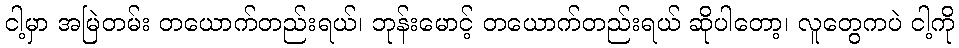
ငါ့မှာ အမြဲတမ်း တယောက်တည်းရယ်၊ ဘုန်းမောင့် တယောက်တည်းရယ် ဆိုပါတော့၊ လူတွေကပဲ ငါ့ကို